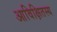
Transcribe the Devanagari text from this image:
आविक्षितस्य